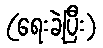
(ရေးခဲ့ပြီး)